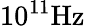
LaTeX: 10^{11}\mathrm{Hz}